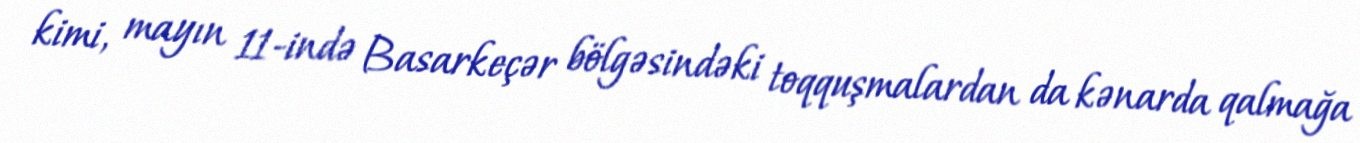
kimi, mayın 11-ində Basarkeçər bölgəsindəki toqquşmalardan da kənarda qalmağa